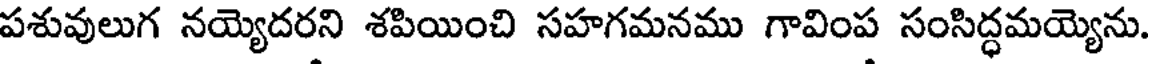
పశువులుగ నయ్యెదరని శపియించి సహగమనము గావింప సంసిద్ధమయ్యెను.